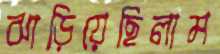
ঝাড়িয়েছিলাম